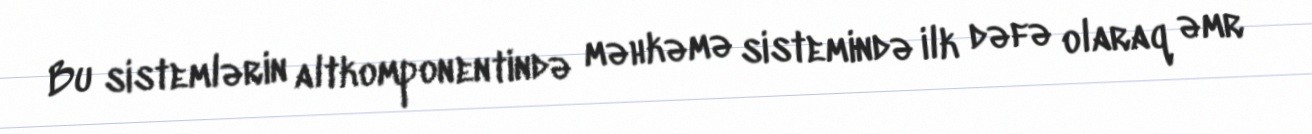
Bu sistemlərin altkomponentində məhkəmə sistemində ilk dəfə olaraq əmr